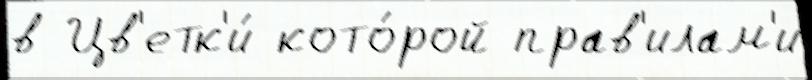
в Цв'етк'и́ кото́рой прав'илам'и